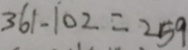
3 6 1 - 1 0 2 = 2 5 9